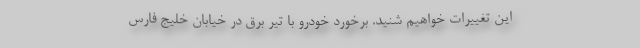
این تغییرات خواهیم شنید. برخورد خودرو با تیر برق در خیابان خلیج فارس